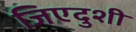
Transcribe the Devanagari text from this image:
जिएदुशी